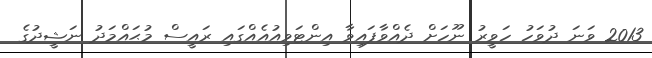
2013 ވަނަ ދުވަހު ހަވީރު ނޫހަށް ދެއްވާފައިވާ އިންޓަވިއުއެއްގައި ރައީސް މުޙައްމަދު ނަޝީދުގެ